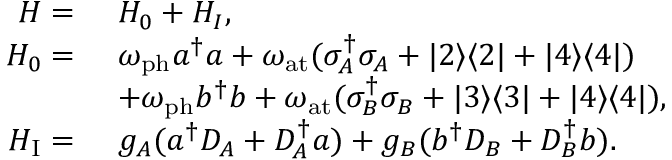
\begin{array} { r l } { H = } & { ~ H _ { 0 } + H _ { I } , } \\ { H _ { 0 } = } & { ~ \omega _ { \mathrm { p h } } a ^ { \dagger } { a } + \omega _ { \mathrm { a t } } ( \sigma _ { A } ^ { \dagger } \sigma _ { A } + | 2 \rangle \langle 2 | + | 4 \rangle \langle 4 | ) } \\ & { ~ + \omega _ { \mathrm { p h } } b ^ { \dagger } b + \omega _ { \mathrm { a t } } ( \sigma _ { B } ^ { \dagger } \sigma _ { B } + | 3 \rangle \langle 3 | + | 4 \rangle \langle 4 | ) , } \\ { H _ { \mathrm { I } } = } & { ~ g _ { A } ( a ^ { \dagger } D _ { A } + D _ { A } ^ { \dagger } a ) + g _ { B } ( b ^ { \dagger } D _ { B } + D _ { B } ^ { \dagger } b ) . } \end{array}